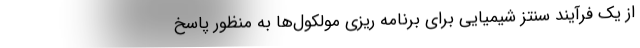
از یک فرآیند سنتز شیمیایی برای برنامه ریزی مولکول‌ها به منظور پاسخ